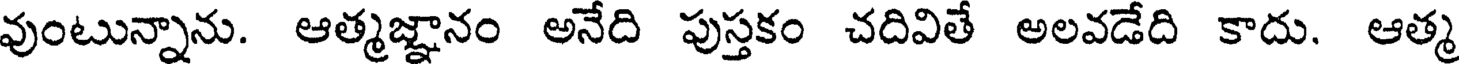
వుంటున్నాను. ఆత్మజ్ఞానం అనేది పుస్తకం చదివితే అలవడేది కాదు. ఆత్మ